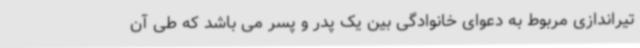
تیراندازی مربوط به دعوای خانوادگی بین یک پدر و پسر می باشد که طی آن